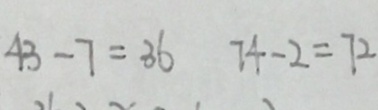
4 3 - 7 = 3 6 7 4 - 2 = 7 2